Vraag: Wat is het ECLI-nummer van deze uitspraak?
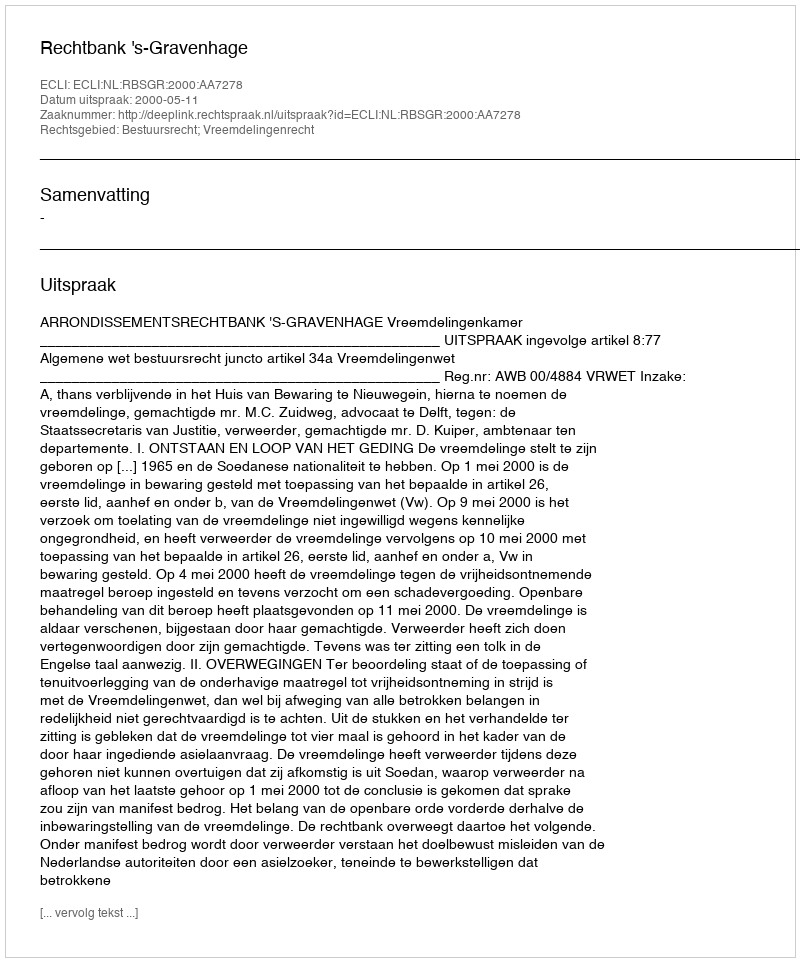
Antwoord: ECLI:NL:RBSGR:2000:AA7278